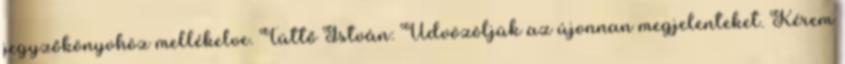
jegyzőkönyvhöz mellékelve. Tüttő István: Üdvözöljük az újonnan megjelenteket. Kérem